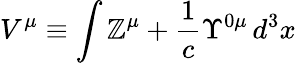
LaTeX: V^{\mu}\equiv\int\mathbb{Z}^{\mu}+\frac{{1}}{{c}}\Upsilon^{0\mu}\, d^{3}x